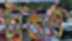
টাঙাও